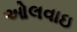
ઓલવાઇ